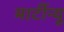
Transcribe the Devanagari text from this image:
मार्टीन्यू